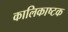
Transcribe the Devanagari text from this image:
कालिकाष्टक